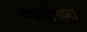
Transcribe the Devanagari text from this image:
रिबोडियाना